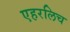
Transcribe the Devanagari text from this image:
एहरलिच